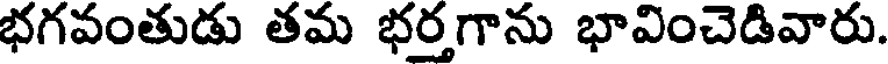
భగవంతుడు తమ భర్తగాను భావించెడివారు.